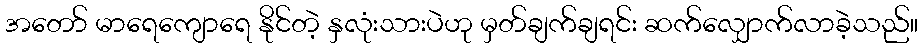
အတော် မာရေကျောရေ နိုင်တဲ့ နှလုံးသားပဲဟု မှတ်ချက်ချရင်း ဆက်လျှောက်လာခဲ့သည်။